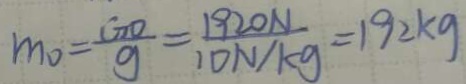
m _ { 0 } = \frac { G O } { g } = \frac { 1 9 2 0 N } { 1 0 N / k g } = 1 9 2 k g